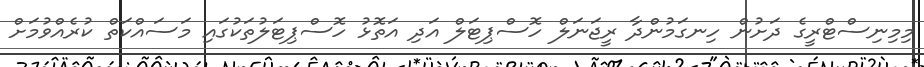
މިމިނިސްޓްރީގެ ދަށުން ހިނގަމުންދާ ރީޖަނަލް ހޮސްޕިޓަލް އަދި އަތޮޅު ހޮސްޕިޓަލުތަކުގައި މަސައްކަތް ކުރެއްވުމަށް